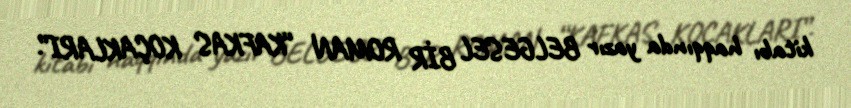
kitabı haqqında yazır BELGESEL BİR ROMAN “KAFKAS KOÇAKLARI”.